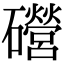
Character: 𥗞